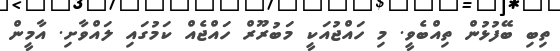
ތިބި ބޭފުޅުން ތިއްބެވީ. މި ހައްޖުއަކީ މަބުރޫރް ހައްޖެއް ކަމުގައި ލައްވާށި. އާމީން